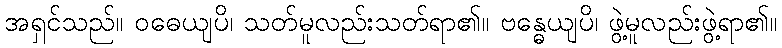
အရှင်သည်။ ဝဓေယျပိ၊ သတ်မူလည်းသတ်ရာ၏။ ဗန္ဓေယျပိ၊ ဖွဲ့မူလည်းဖွဲ့ရာ၏။